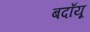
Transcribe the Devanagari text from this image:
बदाँयू